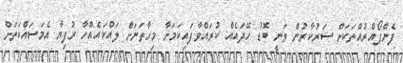
ފެންފޯއްރުއްތަކަށް ސަރުކާރުން ވަނީ ބޮޑު ހޭދައެއް ކުރައްވާފައިކަމަށާ މިހާތަނަށް ލައްކައެއްހާ ރުފިޔާ އެމަސައްކަތަށް